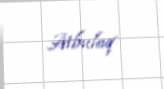
Atbulaq